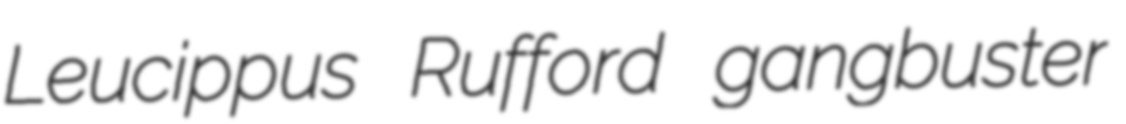
Leucippus Rufford gangbuster